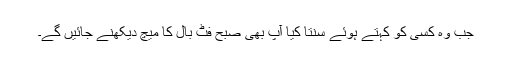
جب وہ کسی کو کہتے ہوئے سنتا کیا آپ بھی صبح فٹ بال کا میچ دیکھنے جائیں گے۔